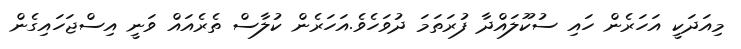
މިއަދަކީ އަހަރެން ހައި ސުކޫލައްދާ ފުރަތަމަ ދުވަހެވެ.އަހަރެން ކުލާސް ތެރެއައް ވަނީ އިސްޖަހައިގެން